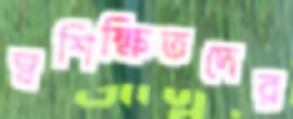
স্বশিক্ষিতদের